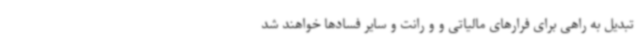
تبدیل به راهی برای فرارهای مالیاتی و و رانت و سایر فسادها خواهند شد